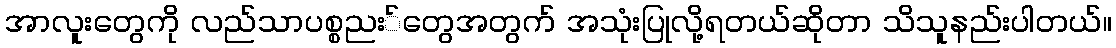
အာလူးတွေကို လည်သာပစ္စညး်တွေအတွက် အသုံးပြုလို့ရတယ်ဆိုတာ သိသူနည်းပါတယ်။